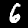
Label: 6